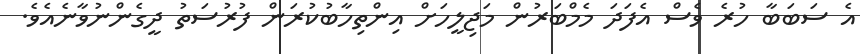
އެ ސަބަބާ ހުރެ ވެސް އެފަދަ މެމްބަރުން މަޖިލީހަށް އިންތިހާބުކުރަން ފުރުސަތު ދީގެންނުވާނެއެވެ.